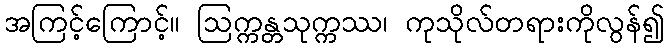
အကြင့်ကြောင့်။ ဩက္ကန္တသုက္ကဿ၊ ကုသိုလ်တရားကိုလွန်၍